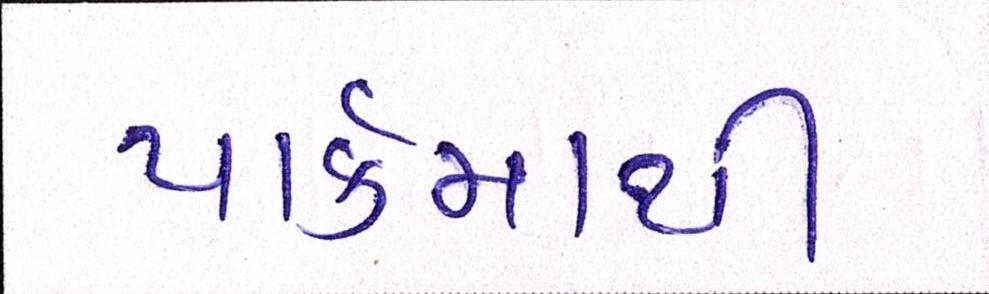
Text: પાર્કમાંથી